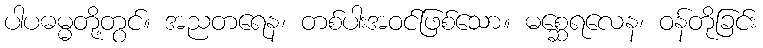
ပါပဓမ္မတို့တွင်။ အညတရေန၊ တစ်ပါးအဝင်ဖြစ်သော။ မစ္ဆေရလေန၊ ဝန်တိုခြင်း